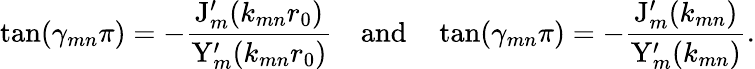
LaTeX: \tan(\gamma_{mn}\pi)=-\frac{\mathrm{J}_{m}^{\prime}(k_{mn}r_{0})}{\mathrm{Y}_{m}^{\prime}(k_{mn}r_{0})}\quad\mathrm{and}\quad\tan(\gamma_{mn}\pi)=-\frac{\mathrm{J}_{m}^{\prime}(k_{mn})}{\mathrm{Y}_{m}^{\prime}(k_{mn})}.